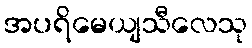
အပရိမေယျသီလေသု